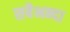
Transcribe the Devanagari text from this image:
सबैभन्दा